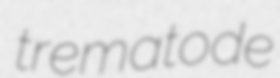
trematode